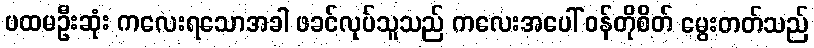
ပထမဦးဆုံး ကလေးရသောအခါ ဖခင်လုပ်သူသည် ကလေးအပေါ် ဝန်တိုစိတ် မွေးတတ်သည်